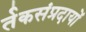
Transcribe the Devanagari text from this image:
र्तकसंप्रदायों